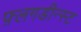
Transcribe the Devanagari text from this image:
फ़्लगडीन्स्ट